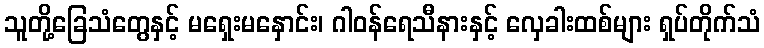
သူတို့ခြေသံတွေနှင့် မရှေးမနှောင်း၊ ဂါဝန်ရေသီနားနှင့် လှေခါးထစ်များ ရှပ်တိုက်သံ